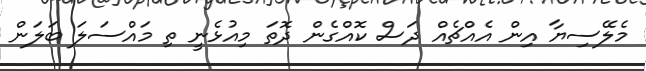
މެލޭސިޔާ އިން އެއްޗެއް ދަސް ކޮއްގެން ދޮތަ މިއުޅެނީ ތި މައްސަލަ ބަލަން